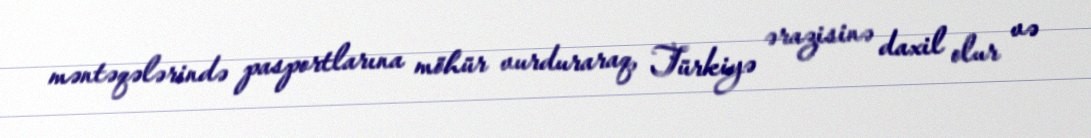
məntəqələrində pasportlarına möhür vurduraraq, Türkiyə ərazisinə daxil olur və